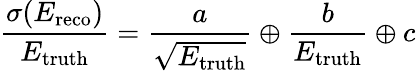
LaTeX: \frac{\sigma(E_{\mathrm{reco}})}{E_{\mathrm{truth}}}=\frac{a}{\sqrt{E_{\mathrm{truth}}}}\oplus\frac{b}{E_{\mathrm{truth}}}\oplus c